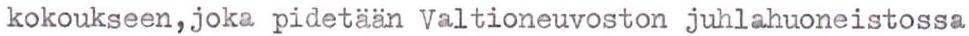
kokoukseen,joka pidetään Valtioneuvoston juhlahuoneistossa